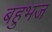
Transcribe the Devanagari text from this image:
बहुभज